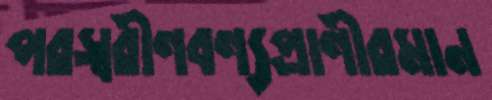
পরস্বরীণবণ্যপ্রাণীরমান